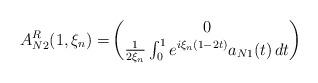
LaTeX: \begin{align*}A_{N2}^R(1,\xi_n)=& \begin{pmatrix}0 \\ \frac{1}{2\xi_n}\int_0^1e^{i\xi_n(1-2t)}a_{N1}(t)\,dt\end{pmatrix}\end{align*}